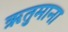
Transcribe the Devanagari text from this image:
ऋतुमाना